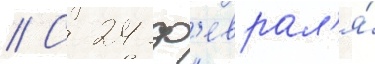
// С 24 ф'еврал'я́